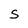
Character: S